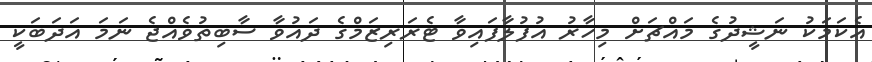
އެކަމަކު ނަޝީދުގެ މައްޗަށް މިހާރު އުފުލާފައިވާ ޓެރަރިޒަމްގެ ދައުވާ ސާބިތުވެއްޖެ ނަމަ އަދަބަކީ